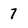
Character: 7